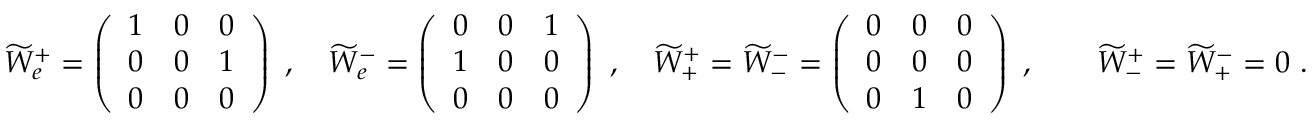
\begin{array} { r } { \widetilde { W } _ { e } ^ { + } = \left( \begin{array} { l l l } { 1 } & { 0 } & { 0 } \\ { 0 } & { 0 } & { 1 } \\ { 0 } & { 0 } & { 0 } \end{array} \right) \ , \quad \widetilde { W } _ { e } ^ { - } = \left( \begin{array} { l l l } { 0 } & { 0 } & { 1 } \\ { 1 } & { 0 } & { 0 } \\ { 0 } & { 0 } & { 0 } \end{array} \right) \ , \quad \widetilde { W } _ { + } ^ { + } = \widetilde { W } _ { - } ^ { - } = \left( \begin{array} { l l l } { 0 } & { 0 } & { 0 } \\ { 0 } & { 0 } & { 0 } \\ { 0 } & { 1 } & { 0 } \end{array} \right) \ , \qquad \widetilde { W } _ { - } ^ { + } = \widetilde { W } _ { + } ^ { - } = 0 \ . } \end{array}